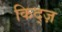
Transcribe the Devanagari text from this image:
किद्ज़